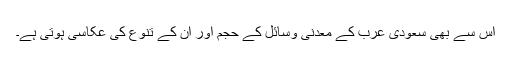
اس سے بھی سعودی عرب کے معدنی وسائل کے حجم اور ان کے تنوع کی عکاسی ہوتی ہے۔